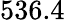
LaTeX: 536.4